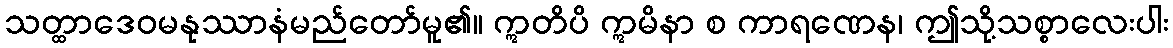
သတ္ထာဒေဝမနုဿာနံမည်တော်မူ၏။ ဣတိပိ ဣမိနာ စ ကာရဏေန၊ ဤသို့သစ္စာလေးပါး